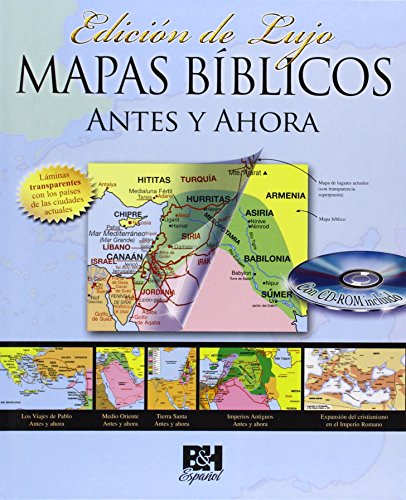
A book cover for Mapas BÃ­blicos Antes y Ahora: EdiciÃ³n de Lujo (Spanish Edition); B&H EspaÃ±ol Editorial Staff; Christian Books & Bibles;